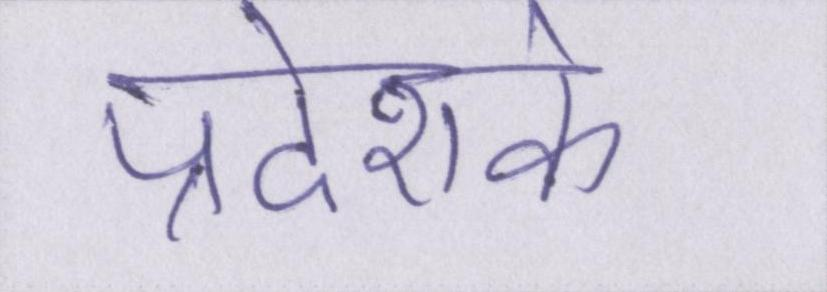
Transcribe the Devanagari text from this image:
प्रदेशके